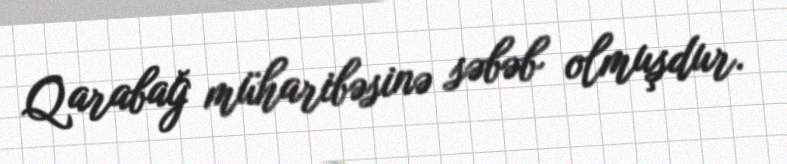
Qarabağ müharibəsinə səbəb olmuşdur.